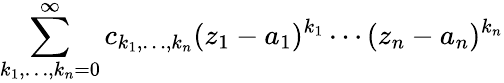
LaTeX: \sum_{k_{1},\dots,k_{n}=0}^{\infty}c_{k_{1},\dots,k_{n}}(z_{1}-a_{1})^{k_{1}}\cdots(z_{n}-a_{n})^{k_{n}}